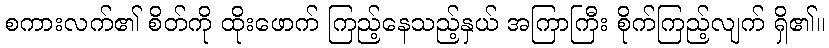
စကားလက်၏ စိတ်ကို ထိုးဖောက် ကြည့်နေသည့်နှယ် အကြာကြီး စိုက်ကြည့်လျက် ရှိ၏။